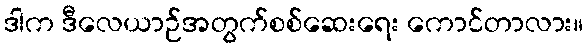
ဒါက ဒီလေယာဉ်အတွက်စစ်ဆေးရေး ကောင်တာလား။